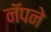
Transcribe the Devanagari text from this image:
नॅपने